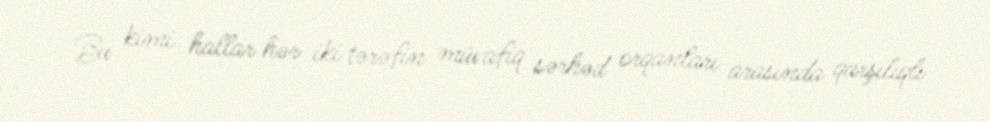
Bu kimi hallar hər iki tərəfin müvafiq sərhəd orqanları arasında qarşılıqlı